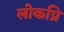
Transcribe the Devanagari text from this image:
लोकप्रि